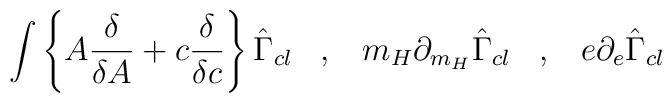
\int \left\{ A \frac{\delta}{\delta A} + c\frac{\delta}{\delta c} \right\} \hat{\Gamma}_{cl} \; \; \; ,  \; \; \; m_H \partial_{m_H} \hat{\Gamma}_{cl} \; \; \; , \; \; \;  e \partial_e \hat{\Gamma}_{cl}